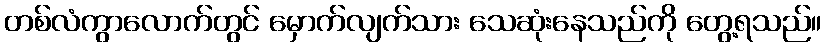
တစ်လံကွာလောက်တွင် မှောက်လျက်သား သေဆုံးနေသည်ကို တွေ့ရသည်။